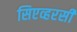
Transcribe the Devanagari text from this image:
सिएव्हरसी